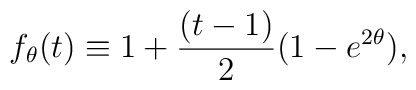
f_{\theta}(t) \equiv 1+{(t-1)\over 2}(1-e^{2\theta}),